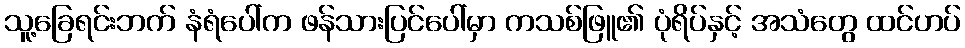
သူ့ခြေရင်းဘက် နံရံပေါ်က ဖန်သားပြင်ပေါ်မှာ ကသစ်ဖြူ၏ ပုံရိပ်နှင့် အသံတွေ ထင်ဟပ်